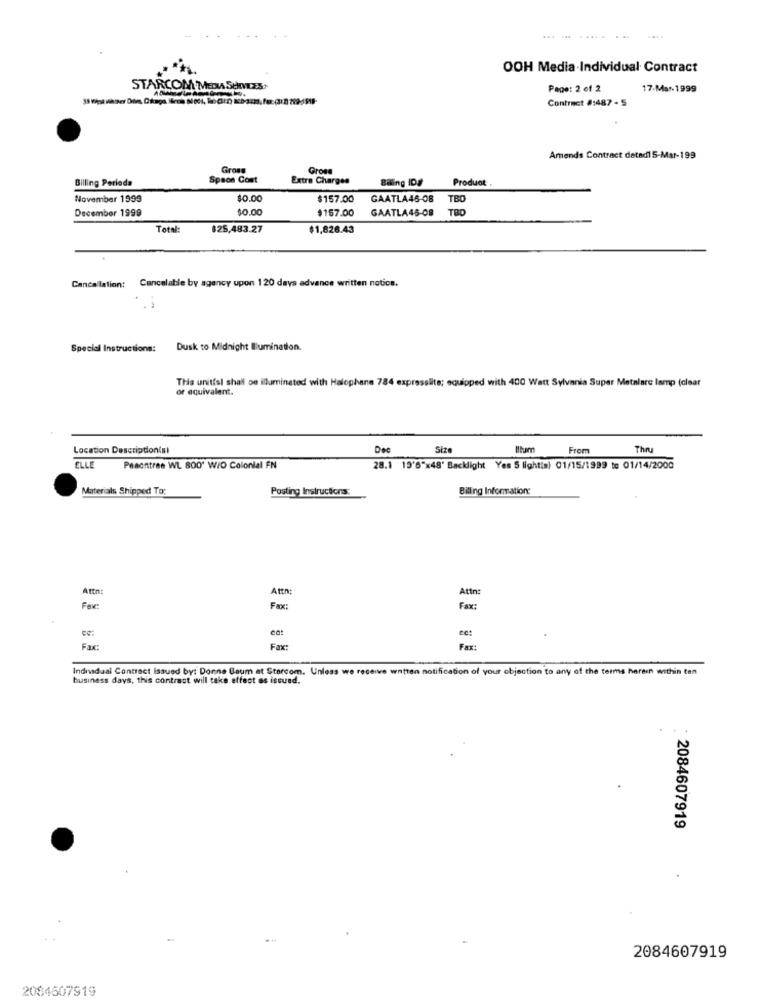
... ... ........
OOH Media-Individual Contract
STARCOM MEDIA SENTES
Page: 2 of 2
17-Mar-1999
Contract 8:487 - 5
Amends Contract detad1 5-Mar-199
Gross
Gross
Billing Perioda
Spaon Cont
Extra Charges
Biling IDS
Product
November 1999
$0.00
$157.00
GAATLA46-08
TBO
December 1999
$0.00
$157.00
GAATLA45-08
TRO
Total:
$25,483.27
$1,826.43
Cancelable by agency upon 120 days advance written notice.
Cancellation:
Special Instructions:
Dusk to Midnight Illumination.
This unitisi shall oe illuminated with Halophane 784 expresslite; equipped with 400 Watt Sylvania Super Metalare lamp (clear
or equivalent.
Location Description(si
Doc
Size
Iltum
From
Thru
ELLE
Pesontree WL 800' WIO Colonial FN
28.1 19'6"×48' Backlight Yes 5 lightis) 01/15/1999 to 01/14/2000
Materials Shipped To:
Posting Instructions:
Billing Information:
Attn:
Attn:
Fax:
Fax:
Fax:
Fax:
Fax:
Indiadual Contract Issued by: Donne Baum at Storcom. Unless we receive watten notification of your objection to any of the terms herein within ten
business days, this contrast will take effect as issued.
2084607919
2084607919
2084607919